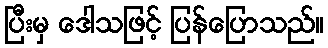
ပြီးမှ ဒေါသဖြင့် ပြန်ပြောသည်။